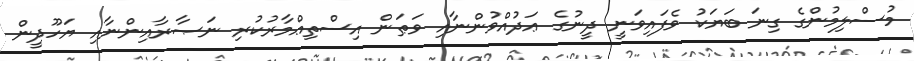
މުސްލިމުންގެ ގިނަ ބަޔަކު ވެފައިވަނީ ދީނުގެ ޢަދުއްވުންނާއި ވަޠަން އިސްތިޢްމާރުކުރި ނަޞާރާއިންނާއި ޔަހޫދީން